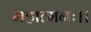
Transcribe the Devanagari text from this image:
महात्मनः।।